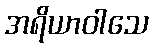
အရိယာဝါသေ